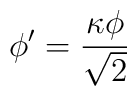
\phi' = \frac{ \kappa \phi}{\sqrt{2}}